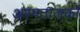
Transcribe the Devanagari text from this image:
अस्पतालको